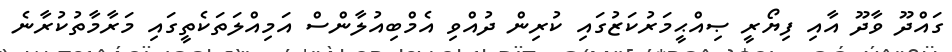
ގައްދޫ ވާދޫ އާއި ފިޔޯރީ ޞިއްޙީމަރުކަޒުގައި ކުރިން ދުއްވި އެމްބިއުލާންސް އަމިއްލަތަކެތީގައި މަރާމާތުކުރާނެ